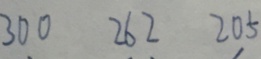
3 0 0 2 6 2 2 0 5